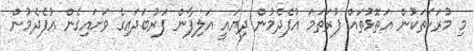
މި މުރަކަތަކުން އަތޮޅުތައް ފުރަތަމަ އުފެދެމުން ދިޔައީ އަލިފާން ފަރުބަދައިގެ ވަށައިގެން އުފެދެމުން